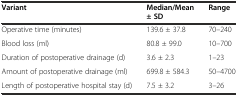
<table><thead><tr><td><b>Variant</b></td><td><b>Median/Mean ± SD</b></td><td><b>Range</b></td></tr></thead><tbody><tr><td>Operative time (minutes)</td><td>139.6 ± 37.8</td><td>70–240</td></tr><tr><td>Blood loss (ml)</td><td>80.8 ± 99.0</td><td>10–700</td></tr><tr><td>Duration of postoperative drainage (d)</td><td>3.6 ± 2.3</td><td>1–23</td></tr><tr><td>Amount of postoperative drainage (ml)</td><td>699.8 ± 584.3</td><td>50–4700</td></tr><tr><td>Length of postoperative hospital stay (d)</td><td>7.5 ± 3.2</td><td>3–26</td></tr></tbody></table>